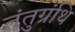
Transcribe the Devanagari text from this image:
तंतुग्रंथि